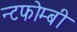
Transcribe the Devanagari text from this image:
न्टफोम्बी